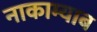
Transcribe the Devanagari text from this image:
नाकाम्याब